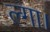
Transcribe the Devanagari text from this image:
ल्गा।